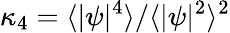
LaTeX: \kappa_{4}=\langle|\psi|^{4}\rangle/\langle|\psi|^{2}\rangle^{2}